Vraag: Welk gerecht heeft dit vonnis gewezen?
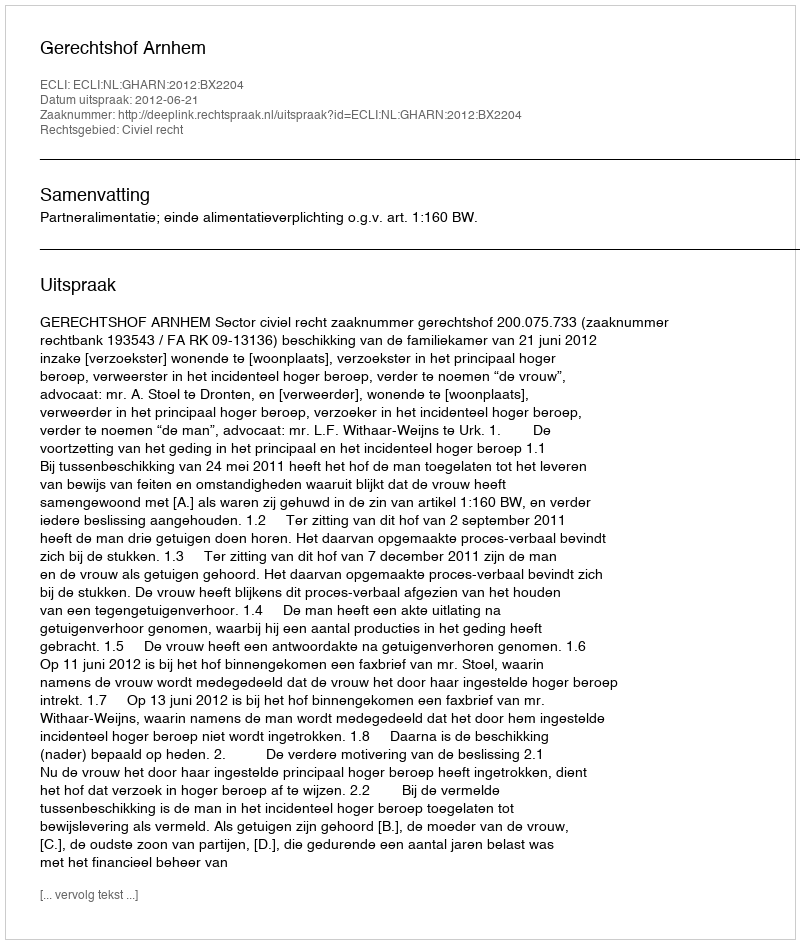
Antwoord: Gerechtshof Arnhem